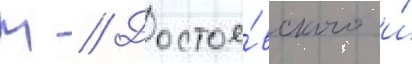
М // Достое́вского и́